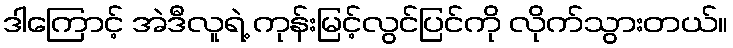
ဒါကြောင့် အဲဒီလူရဲ့ ကုန်းမြင့်လွင်ပြင်ကို လိုက်သွားတယ်။